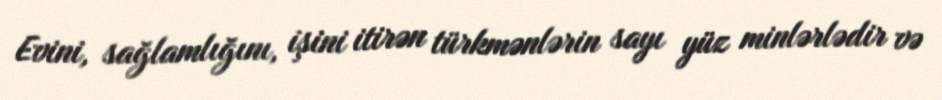
Evini, sağlamlığını, işini itirən türkmənlərin sayı yüz minlərlədir və